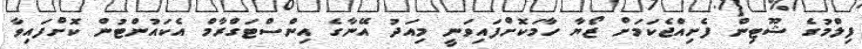
ފިލްމުގެ ޝޫޓިން ފެށިއްޖެކަމަށް ޒޯޔާ ހާމަކޮށްފައިވަނީ މިއަދު އޭނާގެ އިންސްޓަގްރާމް އެކައުންޓުން ކޮށްފައިވާ